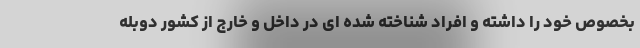
بخصوص خود را داشته و افراد شناخته شده ای در داخل و خارج از کشور دوبله